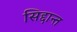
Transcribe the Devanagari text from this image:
सिद्दान्त